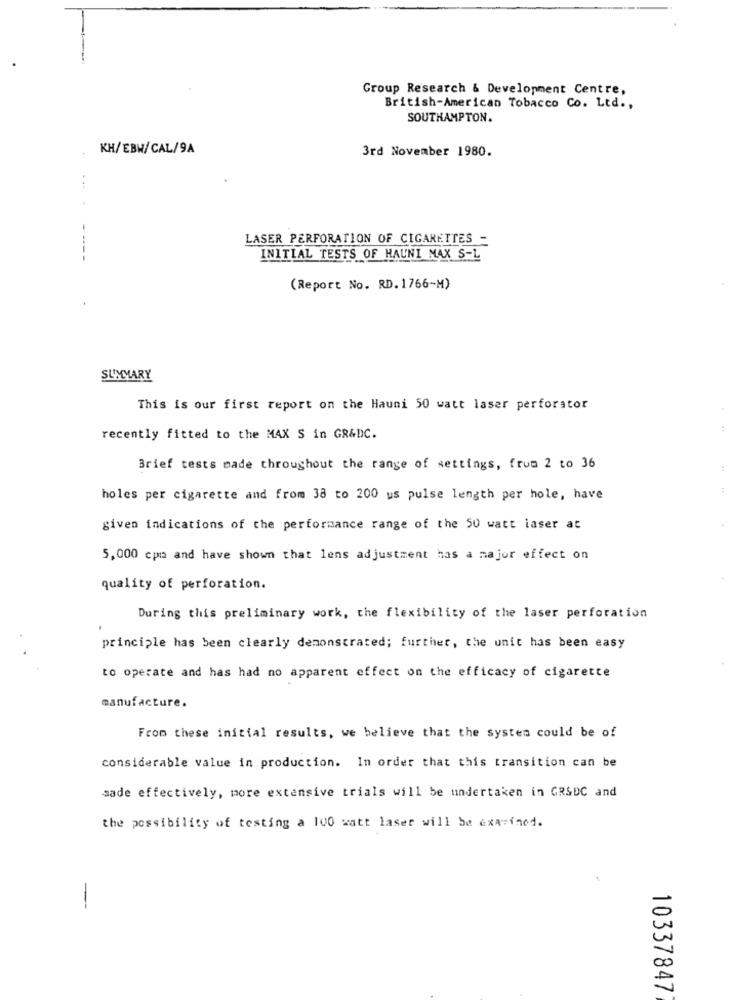
Group Research & Development Centre,
British-American Tobacco Co. Ltd .,
SOUTHAMPTON.
KH/EBW/CAL/9A
3rd November 1980.
LASER PERFORATION OF CIGARETTES -
----
INITIAL TESTS OF HAUNI MAX S-L
(Report No. RD. 1766-M)
SUMMARY
This is our first report on the Hauni 50 watt laser perforator
recently fitted to the MAX S in GR&DC.
Brief tests made throughout the range of settings, from 2 to 36
:
:
holes per cigarette and from 38 to 200 us pulse length per hole, have
given indications of the performance range of the 50 watt laser at
5,000 cpa and have shown that lens adjustment has a major effect on
quality of perforation.
During this preliminary work, the flexibility of the laser perforation
principle has been clearly demonstrated; further, the unit has been easy
to operate and has had no apparent effect on the efficacy of cigarette
manufacture.
From these initial results, we believe that the system could be of
considerable value in production. In order that this transition can be
sade effectively, more extensive trials will be undertaken in GRSDC and
the possibility of testing a 100 watt laser will be examined.
-
10337847